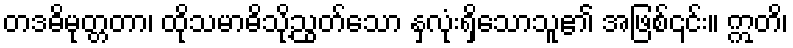
တဒဓိမုတ္တတာ၊ ထိုသမာဓိသို့ညွတ်သော နှလုံးရှိသောသူ၏ အဖြစ်၎င်း။ ဣတိ၊